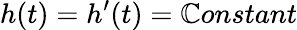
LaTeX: h(t)=h^{\prime}(t)=\mathbb{C}onstant